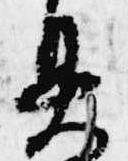
具